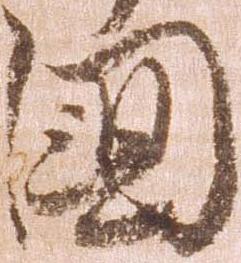
国